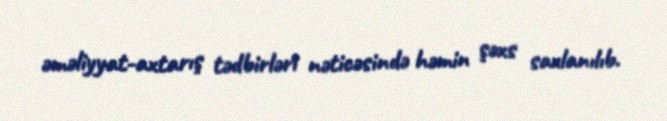
əməliyyat-axtarış tədbirləri nəticəsində həmin şəxs saxlanılıb.